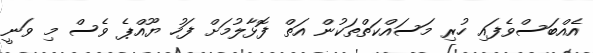
އެއްބަސްވެފައި ހުރި މަސައްކަތްތަކުން އަތް ފޮޅާލުމަށް ފަހު ޔޫއްޕެ ވެސް މި ވަނީ